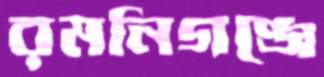
রমনিগঞ্জে